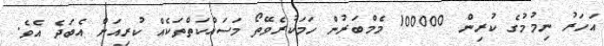
އަހަރު ނިމުމުގެ ކުރިން 100000 މެމްބަރުން ހަމަކުރެވޭތޯ މަސައްކަތްތަކެއް ކުރިއަށް އެބަދެ އެވެ.